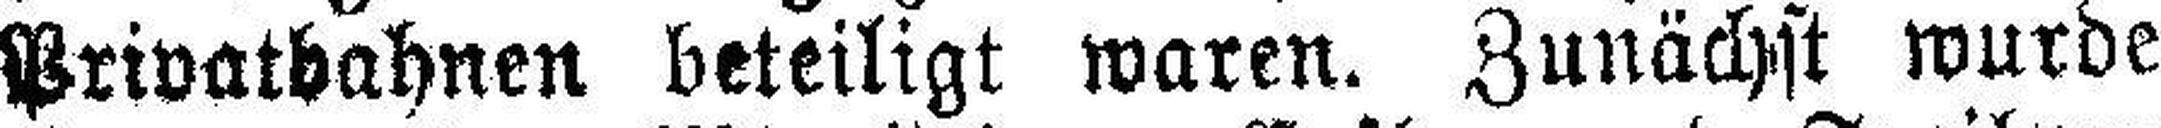
Privatbahnen beteiligt waren. Zunächst wurde